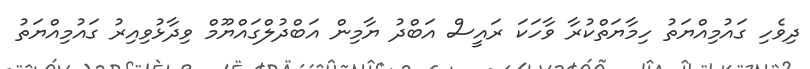
ދިވެހި ގައުމިއްޔަތު ހިމާޔަތްކުރާ ވާހަކަ ރައީސް އަބްދު ޔާމިން އަބްދުލްގައްޔޫމް ވިދާޅުވިއިރު ގައުމިއްޔަތު